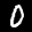
Label: 0